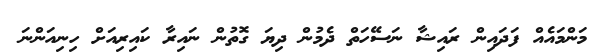
މަންމައެއް ފަދައިން ރައިޝާ ނަސޭހަތް ދެމުން ދިޔަ ގޮތުން ނައިރާ ކައިރިއަށް ހިނިއަންނަ